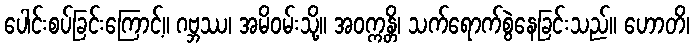
ပေါင်းစပ်ခြင်းကြောင့်။ ဂဗ္ဘဿ၊ အမိဝမ်းသို့။ အဝက္ကန္တိ၊ သက်ရောက်စွဲနေခြင်းသည်။ ဟောတိ၊